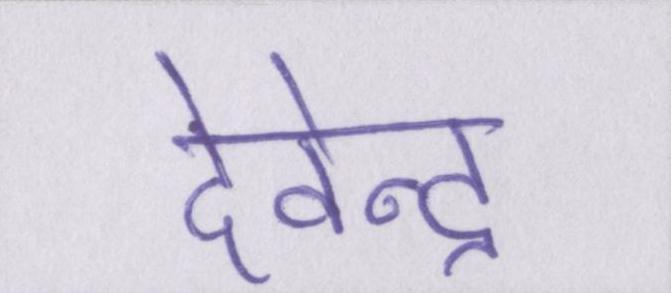
देवेन्द्र